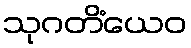
သုဂတိံယေဝ